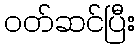
ဝတ်ဆင်ပြီး